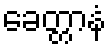
ခေတ္တာနံ